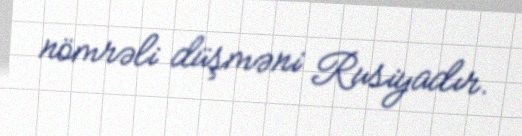
nömrəli düşməni Rusiyadır.